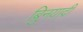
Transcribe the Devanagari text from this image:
बुिनयादी